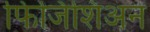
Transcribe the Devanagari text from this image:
फिजिशिअन